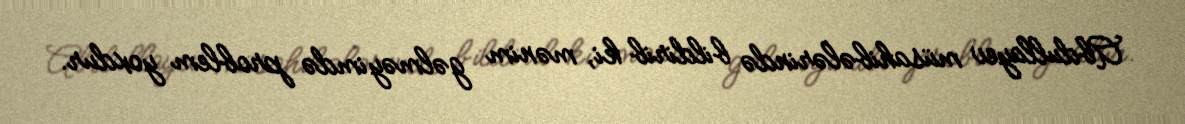
Abdullayev müsahibələrində bildirib ki, mənim gəlməyimdə problem yoxdur.